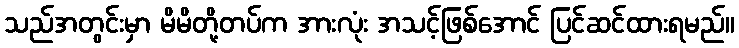
သည်အတွင်းမှာ မိမိတို့တပ်က အားလုံး အသင့်ဖြစ်အောင် ပြင်ဆင်ထားရမည်။